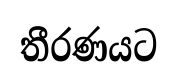
තීරණයට